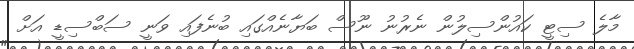
މާލެ ސިޓީ ކައުންސިލުން ނެރުނު ނޫސް ބަޔާނެއްގައި ބުނެފައި ވަނީ ސަބްސިޑީ އަށް